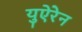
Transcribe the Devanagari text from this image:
युऐरेन